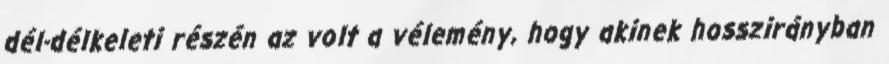
dél-délkeleti részén az volt a vélemény, hogy akinek hosszirányban